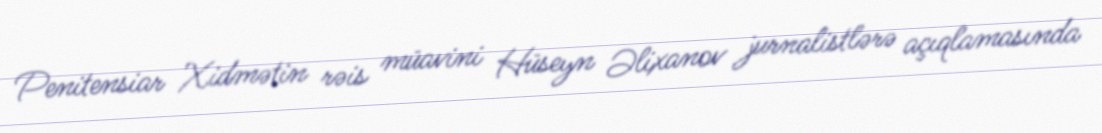
Penitensiar Xidmətin rəis müavini Hüseyn Əlixanov jurnalistlərə açıqlamasında